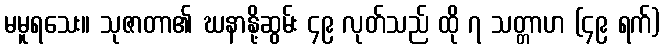
မမူရသေး။ သုဇာတာ၏ ဃနာနို့ဆွမ်း ၄၉ လုတ်သည် ထို ၇ သတ္တာဟ (၄၉ ရက်)